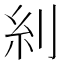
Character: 𠛩